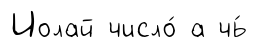
Иолай число́ а чь́